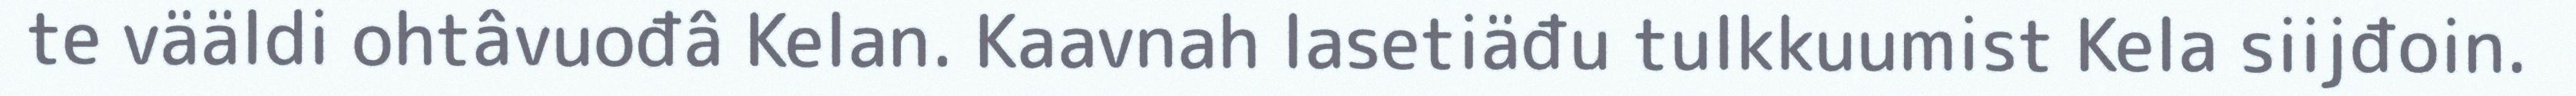
te vääldi ohtâvuođâ Kelan. Kaavnah lasetiäđu tulkkuumist Kela siijđoin.